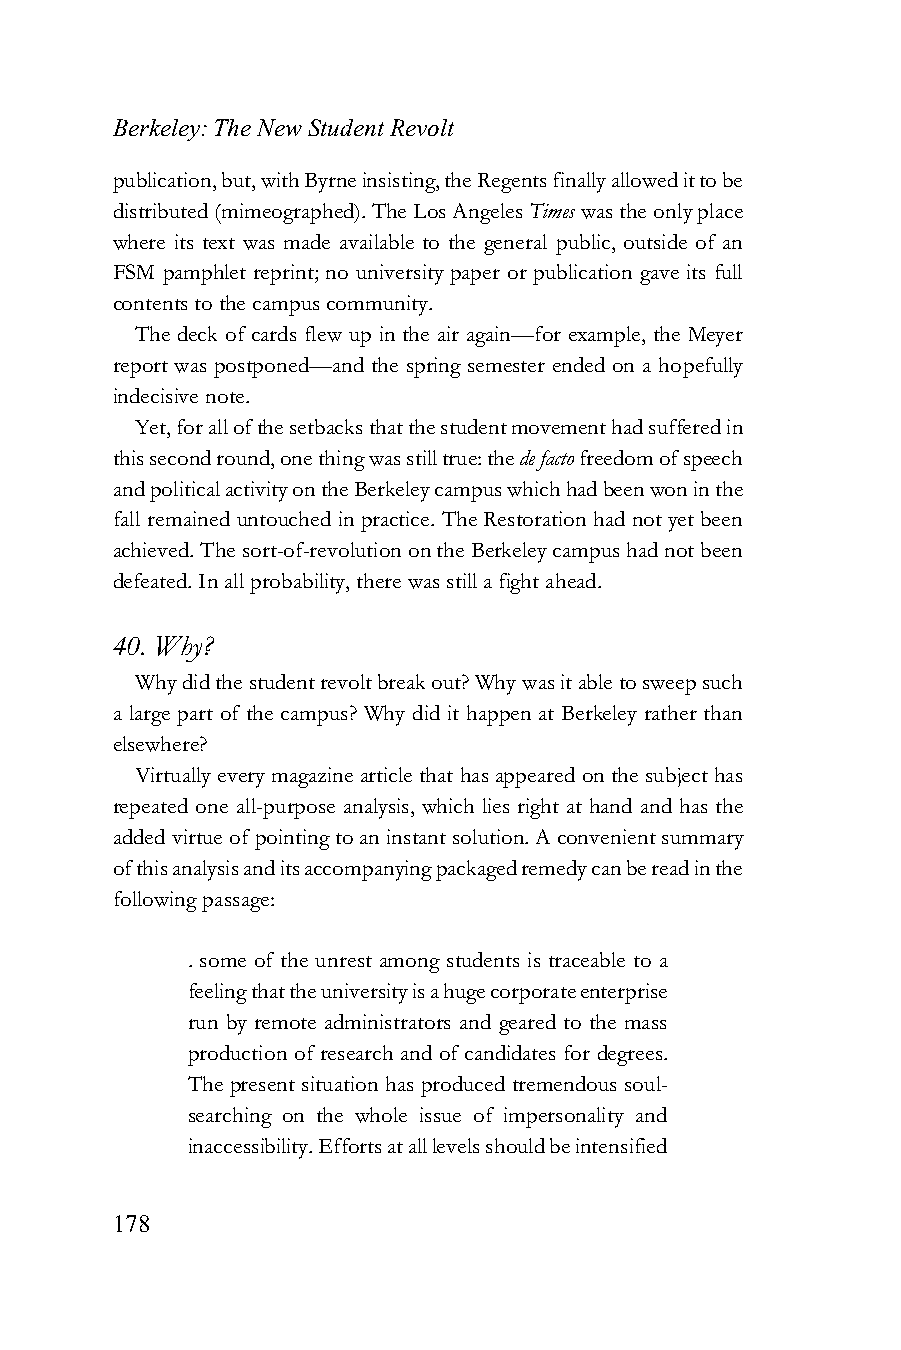
Berkeley: The New Student Revolt
 publication, but, with Byrne insisting, the Regents finally allowed it to be
 distributed (mimeographed). The Los Angeles Times was the only place
 where its text was made available to the general public, outside of an
 FSM pamphlet reprint; no university paper or publication gave its full
 contents to the campus community.
 The deck of cards flew up in the air again—for example, the Meyer
 report was postponed—and the spring semester ended on a hopefully
 indecisive note.
 Yet, for all of the setbacks that the student movement had suffered in
 this second round, one thing was still true: the de facto freedom of speech
 and political activity on the Berkeley campus which had been won in the
 fall remained untouched in practice. The Restoration had not yet been
 achieved. The sort-of-revolution on the Berkeley campus had not been
 defeated. In all probability, there was still a fight ahead.
 40. Why?
 Why did the student revolt break out? Why was it able to sweep such
 a large part of the campus? Why did it happen at Berkeley rather than
 elsewhere?
 Virtually every magazine article that has appeared on the subject has
 repeated one all-purpose analysis, which lies right at hand and has the
 added virtue of pointing to an instant solution. A convenient summary
 of this analysis and its accompanying packaged remedy can be read in the
 following passage:
 . some of the unrest among students is traceable to a
 feeling that the university is a huge corporate enterprise
 run by remote administrators and geared to the mass
 production of research and of candidates for degrees.
 The present situation has produced tremendous soul-
 searching on the whole issue of impersonality and
 inaccessibility. Efforts at all levels should be intensified
 178